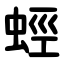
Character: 蛵